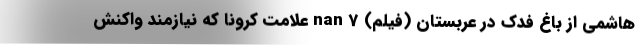
هاشمی از باغ فدک در عربستان (فیلم) nan 7 علامت کرونا که نیازمند واکنش